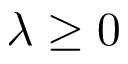
\lambda \geq 0